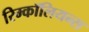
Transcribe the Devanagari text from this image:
रिम्कॉलियन्स